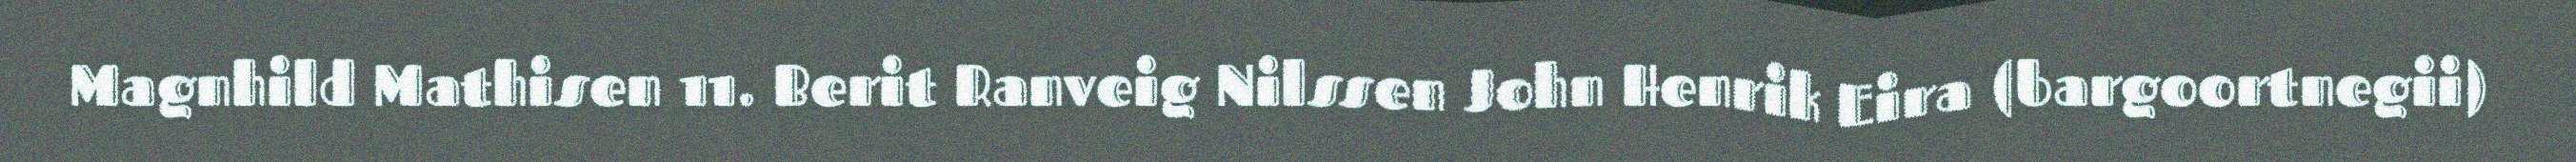
Magnhild Mathisen 11. Berit Ranveig Nilssen John Henrik Eira (bargoortnegii)